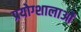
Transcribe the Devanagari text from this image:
प्रयोग्शालाओं